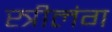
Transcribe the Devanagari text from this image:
स्त्रीलंग